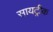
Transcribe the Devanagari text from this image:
सायट्रीक